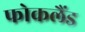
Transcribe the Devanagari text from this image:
फोकलैंड